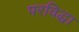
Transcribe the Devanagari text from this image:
परविद्धा